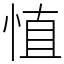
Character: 㥀